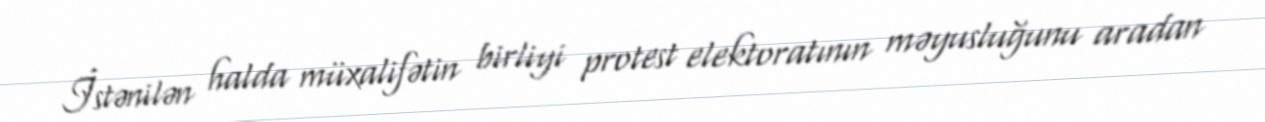
İstənilən halda müxalifətin birliyi protest elektoratının məyusluğunu aradan